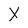
Character: X